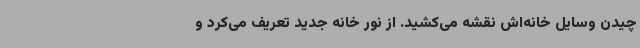
چیدن وسایل خانه‌اش نقشه می‌کشید. از نور خانه جدید تعریف می‌کرد و